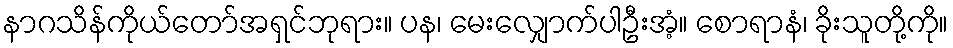
နာဂသိန်ကိုယ်တော်အရှင်ဘုရား။ ပန၊ မေးလျှောက်ပါဦးအံ့။ စောရာနံ၊ ခိုးသူတို့ကို။